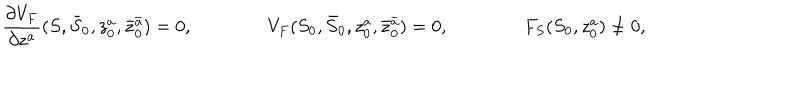
\frac { \partial V _ { F } } { \partial z ^ { a } } ( S , \bar { S } _ { 0 } , z _ { 0 } ^ { a } , \bar { z } _ { 0 } ^ { \bar { a } } ) = 0 , \qquad \qquad V _ { F } ( S _ { 0 } , \bar { S } _ { 0 } , z _ { 0 } ^ { a } , \bar { z } _ { 0 } ^ { \bar { a } } ) = 0 , \qquad \qquad F _ { S } ( S _ { 0 } , z _ { 0 } ^ { a } ) \ne 0 ,